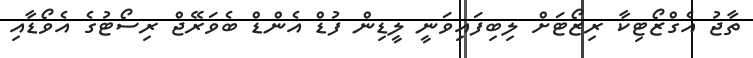
ތާޖު އެގްޒޯޓިކާ ރިޒޯޓަށް ލިބިފައިވަނީ ލީޑިން ފުޑް އެންޑް ބެވަރޭޖް ރިސޯޓުގެ އެވޯޑާއި